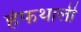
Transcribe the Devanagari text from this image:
हेफथाली